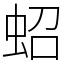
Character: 蛁